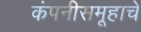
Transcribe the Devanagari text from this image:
कंपनीसमूहाचे